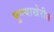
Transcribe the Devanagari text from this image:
पुण्याखेरीज